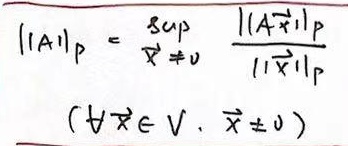
\[
\begin{align*}
||A||_p&=\sup_{\vec{x}\neq 0}\frac{||A\vec{x}||_p}{||\vec{x}||_p}\\
&(\forall\vec{x}\in V,\vec{x}\neq 0)
\end{align*}
\]